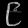
Digit: ၉